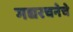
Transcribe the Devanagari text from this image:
गद्यरचनेचे